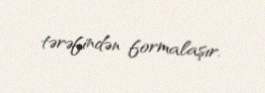
tərəfindən formalaşır.